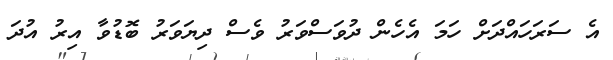
އެ ސަރަހައްދަށް ހަމަ އެހެން ދުވަސްވަރު ވެސް ދިޔަވަރު ބޮޑުވާ އިރު އުދަ